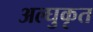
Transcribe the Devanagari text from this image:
अल्घुकृत